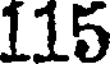
115